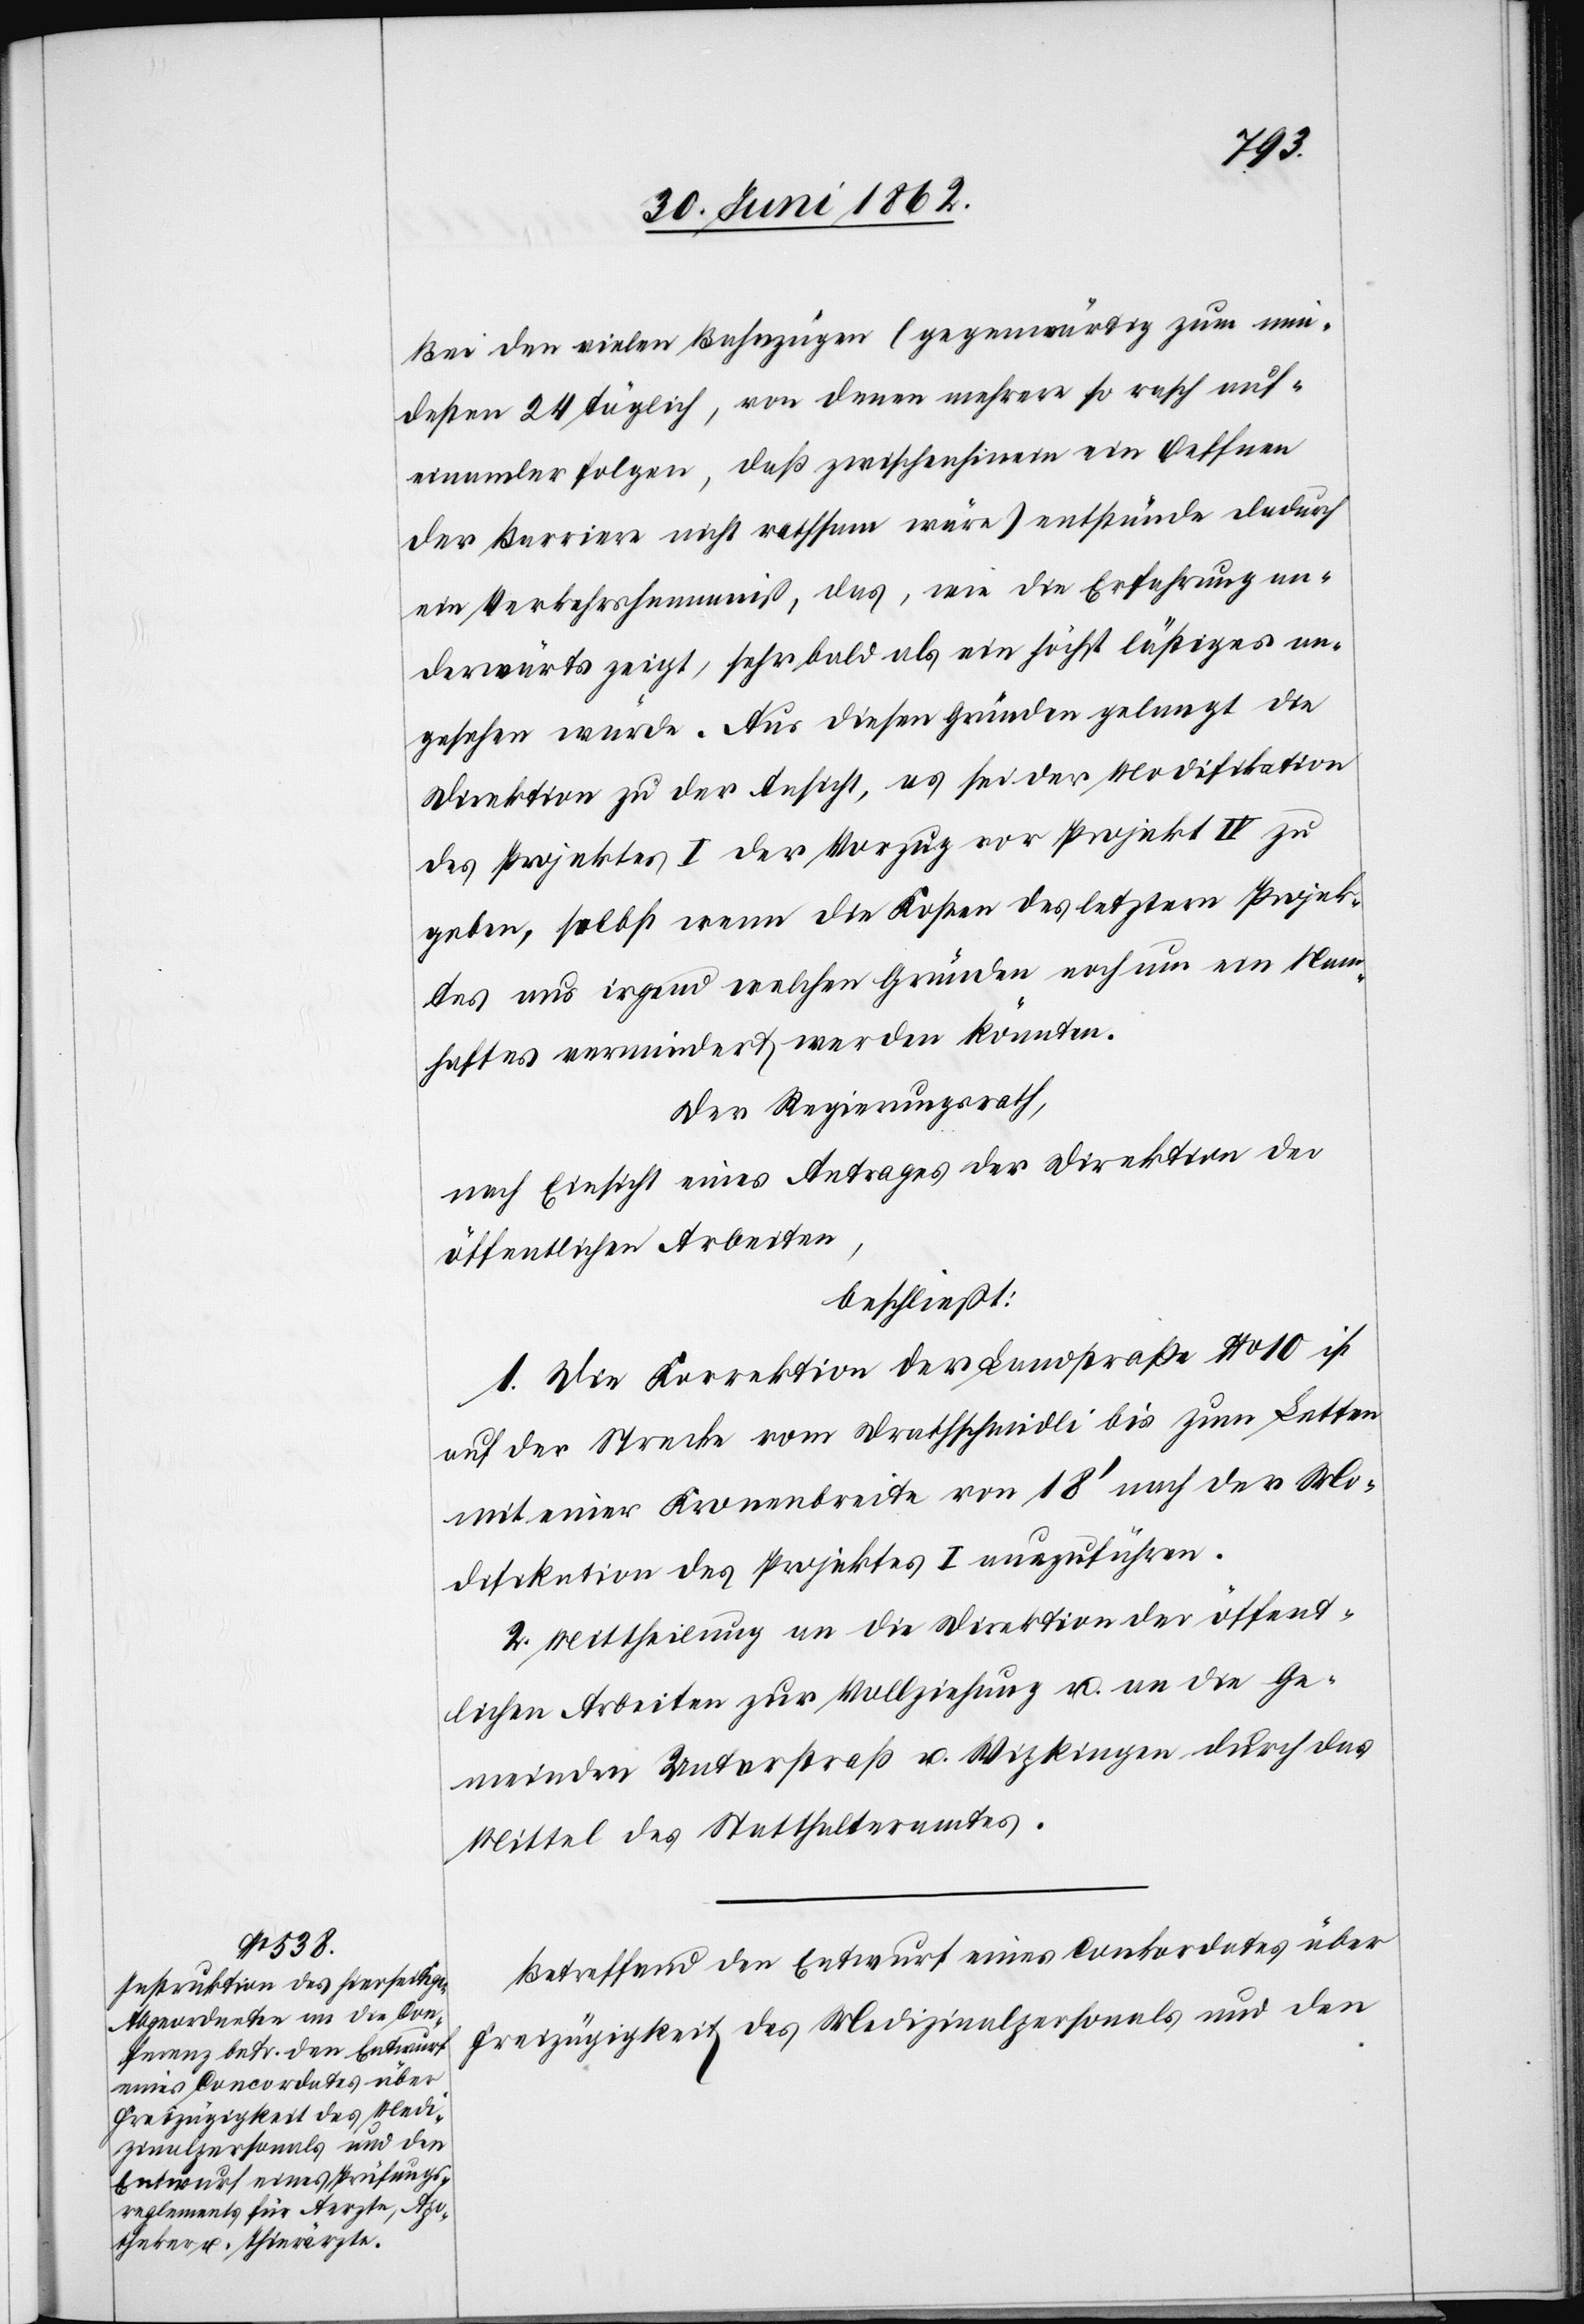
Bei den vielen Bahnzügen (gegenwärtig zum min¬
desten 24 täglich, von denen mehrere so rasch auf¬
einander folgen, daß zwischenhinein ein Oeffnen
der Barriere nicht rathsam wäre) entstände dadurch
ein Verkehrshemmniß, das, wie die Erfahrung an¬
derwärts zeigt, sehr bald als ein höchst lästiges an¬
gesehen würde. Aus diesen Gründen gelangt die
Direktion zu der Ansicht, es sei der Modifikation
des Projektes I der Vorzug vor Projekt IV zu
geben, selbst wenn die Kosten des letztern Projek¬
tes aus irgend welchen Gründen noch um ein Nam¬
haftes vermindert werden könnten.
Der Regierungsrath,
nach Einsicht eines Antrages der Direktion der
öffentlichen Arbeiten,
beschließt:
1. Die Korrektion der Landstraße No 10 ist
auf der Strecke vom Drathschmidli bis zum Letten
mit einer Kronenbreite von 18’ nach der Mo¬
difikation des Projektes I auszuführen.
2. Mittheilung an die Direktion der öffent¬
lichen Arbeiten zur Vollziehung u. an die Ge¬
meinden Unterstraß u. Wipkingen durch das
Mittel des Statthalteramtes.
Betreffend den Entwurf eines Conkordates über
Freizügigkeit des Medizinalpersonals und den